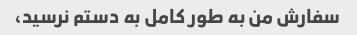
سفارش من به طور کامل به دستم نرسید،